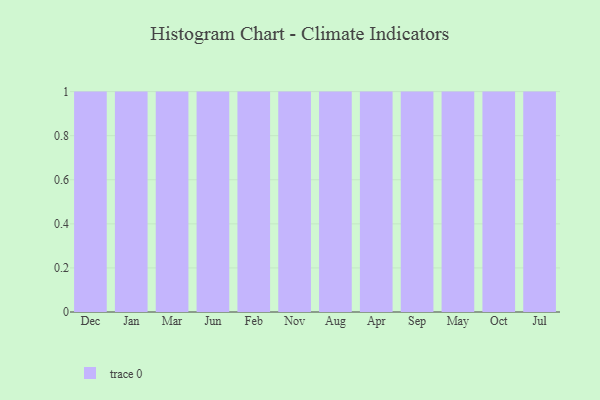
{"axis": {"x": "Month", "y": "LTV (USD)"}, "legend": [""], "data": [{"x": "Dec", "y": 52, "type": ""}, {"x": "Jan", "y": 89, "type": ""}, {"x": "Mar", "y": 79, "type": ""}, {"x": "Jun", "y": 59, "type": ""}, {"x": "Feb", "y": 82, "type": ""}, {"x": "Nov", "y": 65, "type": ""}, {"x": "Aug", "y": 80, "type": ""}, {"x": "Apr", "y": 74, "type": ""}, {"x": "Sep", "y": 86, "type": ""}, {"x": "May", "y": 27, "type": ""}, {"x": "Oct", "y": 15, "type": ""}, {"x": "Jul", "y": 55, "type": ""}]}